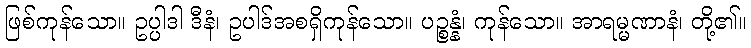
ဖြစ်ကုန်သော။ ဥပ္ပါဒါ ဒီနံ၊ ဥပါဒ်အစရှိကုန်သော။ ပဉ္စန္နံ၊ ကုန်သော။ အာရမ္မဏာနံ၊ တို့၏။